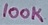
Text: 100K